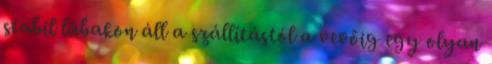
stabil lábakon áll a szállítástól a vevőig egy olyan